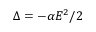
\Delta = - \alpha E ^ { 2 } / 2